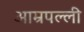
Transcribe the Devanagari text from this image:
आम्रपल्ली